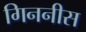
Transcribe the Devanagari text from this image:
गिननीस